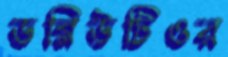
ডব্লিউটিওর